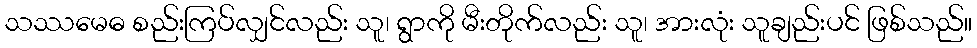
သဿမေဓ စည်းကြပ်လျှင်လည်း သူ၊ ရွာကို မီးတိုက်လည်း သူ၊ အားလုံး သူချည်းပင် ဖြစ်သည်။